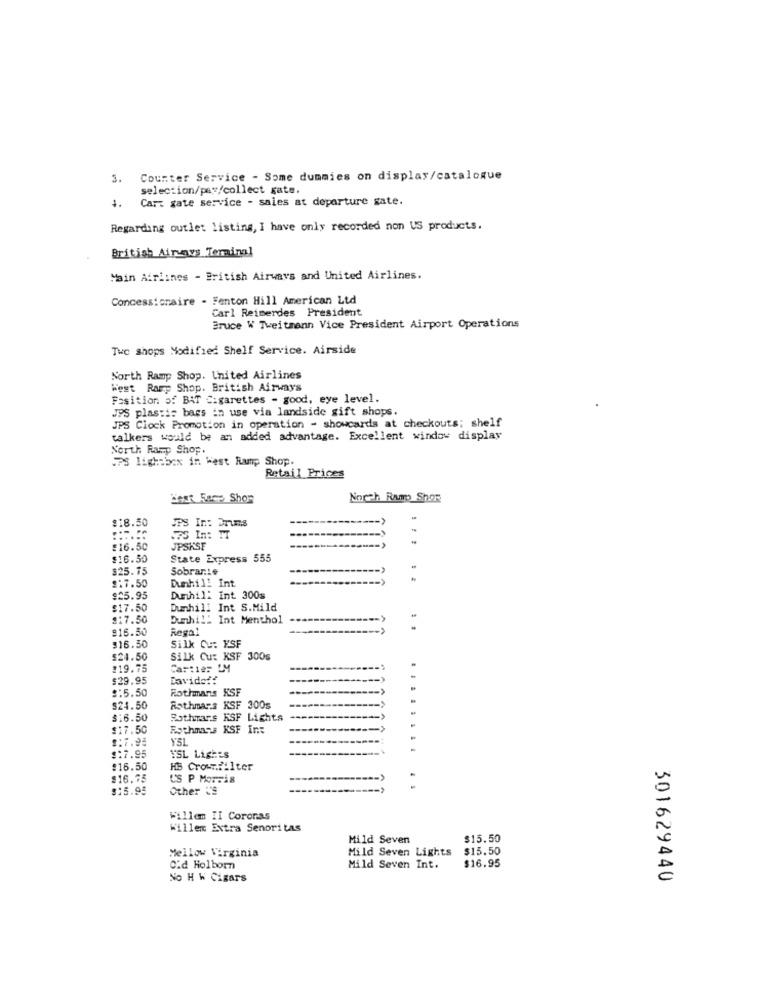
3.
Counter Service - Some dummies on display/catalogue
selection/pay/collect gate.
4. Car. gate service - sales at departure gate.
Regarding outlet listing, I have only recorded non US products.
British Airways Temainal
Main Airlines - British Airways and United Airlines.
Concessionaire . Fenton Hill American Ltd
Carl Reimerdes President
Bruce W Tweitmann Vice President Airport Operations
Twe shops Modified Shelf Service. Airside
North Ramp Shop. United Airlines
West Ramp Shop. British Airways
Fasition of BAT Cigarettes - good, eye level.
JPS plastic bags in use via landside gift shops.
JPS Clock Promotion in operation - showcards at checkouts; shelf
talkers would be an added advantage. Excellent window display
North Ramp Shop.
UPS lightbox in West Ramp Shop.
Retail Prices
Best Face Shor
North Rumo Shor
8.50
75 In: IT
:16.50
JPSKSF
$16.50
State Express 555
$25.75
Sobrante
2:7.50
Dunhill int
$25.95
Dunhill Int 300s
$17.50
Dunhill Int S.Mild
$17.50
Dunhill Int Menthol
916.30
Regal
$16.30
Silk Cu: XSF
$24.50
Silk Cu: KSF 300s
#19.75
Cartier IM
$29.95
Davide !!
$:5.50
Rothmans KSF
$24.50
Rothmans KSF 300s
$16.50
Bothmars KSF Lights
$17.50
Rothmans KSF Int
Y'51
........
$:7.95
TSL LighES
:16,50
HS Crownfilter
$16.75
US P Morris
$15.95
Other 'S
Willem II Coronas
Willem Extra Senoritas
Mild Seven
$15.50
Mellow Virginia
Mild Seven Lights
$15.50
$16.95
Cid Holborn
Mild Seven Int.
No H W Cigars
301629440